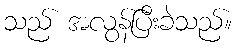
သည် အလွန်ပြီးခဲသည်။